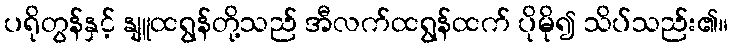
ပရိုတွန်နှင့် နျူထရွန်တို့သည် အီလက်ထရွန်ထက် ပိုမို၍ သိပ်သည်း၏။